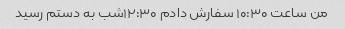
من ساعت ۱۰:۳۰ سفارش دادم ۱۲:۳۰شب به دستم رسید